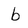
Character: b